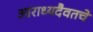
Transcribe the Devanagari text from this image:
आराध्यदैवतचे